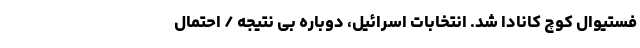
فستیوال کوچ کانادا شد. انتخابات اسرائیل، دوباره بی نتیجه / احتمال